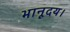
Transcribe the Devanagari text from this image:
भानूदय।